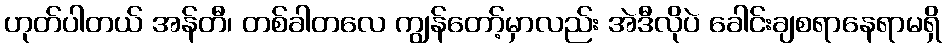
ဟုတ်ပါတယ် အန်တီ၊ တစ်ခါတလေ ကျွန်တော့်မှာလည်း အဲဒီလိုပဲ ခေါင်းချစရာနေရာမရှိ